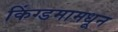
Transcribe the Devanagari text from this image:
किंग्डमामधून